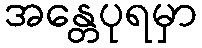
အန္တေပုရမှာ